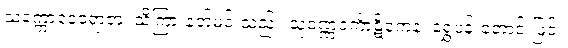
သက္ကောဒေဝရာဇာ၊ သိကြားနတ်မင်းသည်။ သုဝဏ္ဏဝင်္ကာဋိကေန၊ ရွှေပန်းတောင်းဖြင့်။